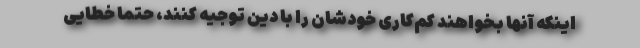
اینکه آنها بخواهند کم‌کاری خودشان را با دین توجیه کنند، حتما خطایی